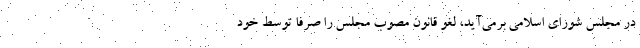
در مجلس شورای اسلامی برمی‌آید، لغو قانون مصوب مجلس را صرفاً توسط خود